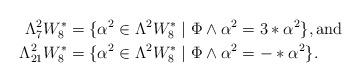
LaTeX: \begin{align*}\Lambda^2_7 W_8^\ast &= \{ \alpha^2 \in \Lambda^2 W_8^\ast \mid \Phi \wedge \alpha^2 = 3 \ast \alpha^2\}, \mbox{and}\\\Lambda^2_{21} W_8^\ast &= \{ \alpha^2 \in \Lambda^2 W_8^\ast \mid \Phi \wedge \alpha^2 = - \ast \alpha^2\}.\end{align*}